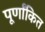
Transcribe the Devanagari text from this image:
पूर्णांकित